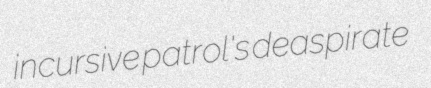
incursive patrol's deaspirate